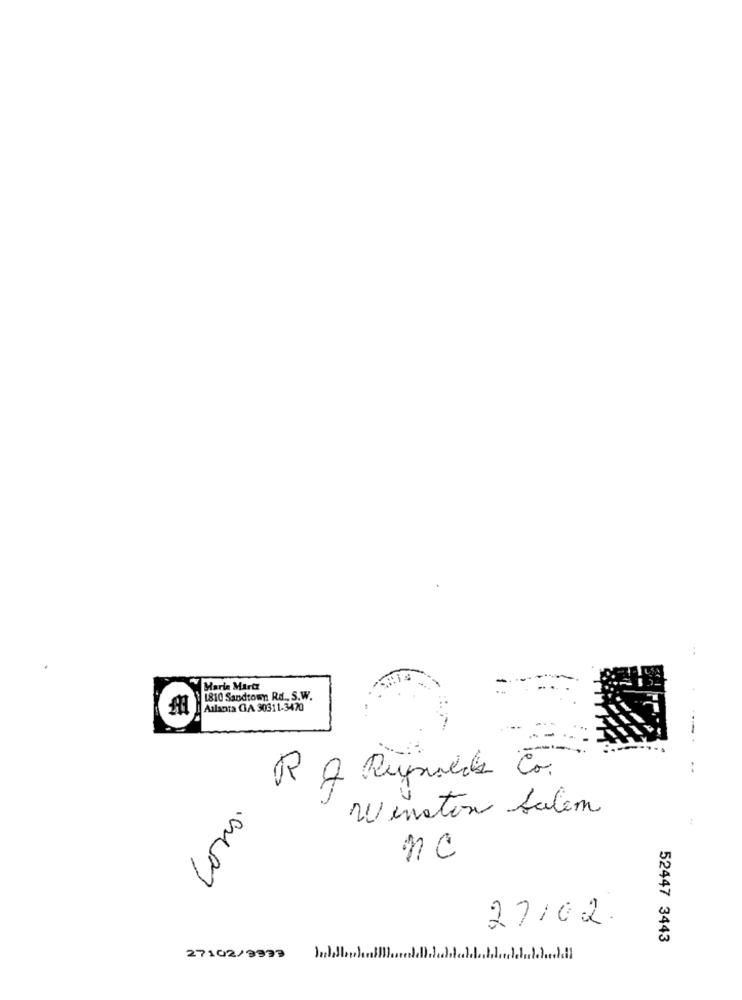
Marie Martz
1810 Sandtowy Rd ., S.W.
Atlanta GA 30311-3470
R 2 Repsda Co.
Lors.
Winston Salem
nc
27102.
52447 3443
27102/9999